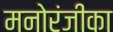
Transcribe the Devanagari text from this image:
मनोरंजीका